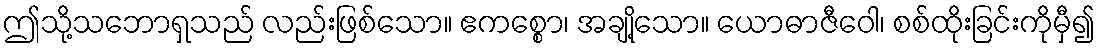
ဤသို့သဘောရှသည် လည်းဖြစ်သော။ ဧကစ္စော၊ အချို့သော။ ယောဓာဇီဝေါ၊ စစ်ထိုးခြင်းကိုမှီ၍